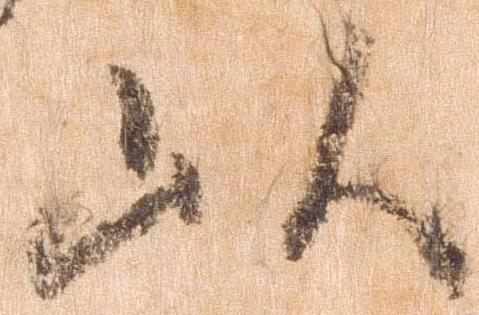
以